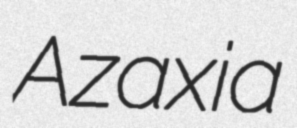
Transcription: Azaxia